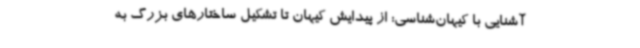
آشنایی با کیهان‌شناسی: از پیدایش کیهان تا تشکیل ساختارهای بزرگ به